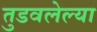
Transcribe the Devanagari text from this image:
तुडवलेल्या